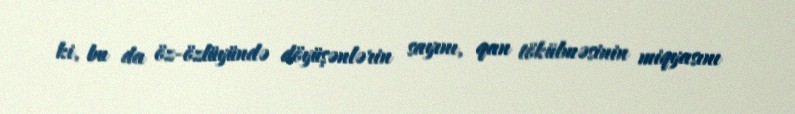
ki, bu da öz-özlüyündə döyüşənlərin sayını, qan tökülməsinin miqyasını